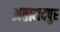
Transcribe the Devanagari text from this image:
अतामदपुर